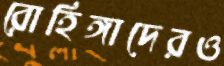
রোহিঙ্গাদেরও